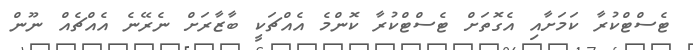
ޓެސްޓްކުރާ ކަމަށާއި އެގޮތަށް ޓެސްޓްކުރާ ކޮންމެ އެއްޗަކީ ބާޒާރަށް ނެރޭނެ އެއްޗެއް ނޫން